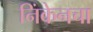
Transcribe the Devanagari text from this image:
निंकेनचा